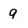
Character: 9